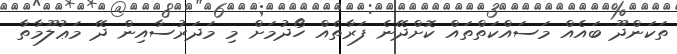
ތަކަންދޫ ބައެއް މަސައްކަތްތައް ކޮށްދޭނެ ފަރާތެއް ހޯދުމަށް މި މަދަރުސާއިން ދޭ މަޢުލޫމާތާ